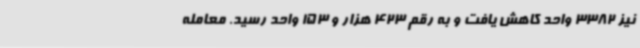
نیز 3382 واحد کاهش یافت و به رقم 423 هزار و 153 واحد رسید. معامله